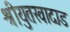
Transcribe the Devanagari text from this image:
श्रीयुतखादाड